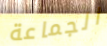
الجماعة